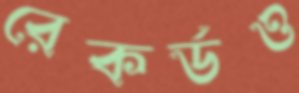
রেকর্ডও